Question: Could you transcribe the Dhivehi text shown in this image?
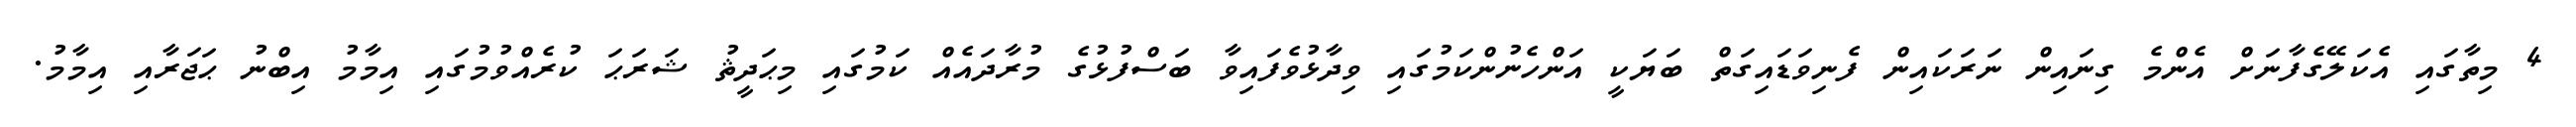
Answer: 4 މިތާގައި އެކަލޭގެފާނަށް އެންމެ ގިނައިން ނަރަކައިން ފެނިވަޑައިގަތް ބަޔަކީ އަންހެނުންކަމުގައި ވިދާޅުވެފައިވާ ބަސްފުޅުގެ މުރާދައެއް ކަމުގައި މިޙަދީޘު ޝަރަޙަ ކުރެއްވުމުގައި އިމާމު އިބްނު ޙަޖަރާއި އިމާމު.